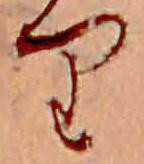
り